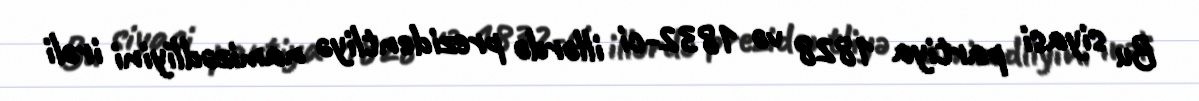
Bu siyasi partiya 1828 və 1832-ci illərdə prezidentliyə namizədliyini irəli